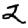
Digit: 2